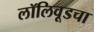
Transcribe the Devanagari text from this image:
लॉलिवूडचा